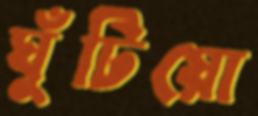
ঘুঁটিয়ো